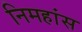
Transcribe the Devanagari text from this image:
निमहांस